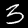
Label: 3